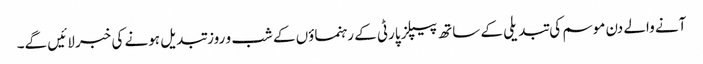
آنے والے دن موسم کی تبدیلی کے ساتھ پیپلز پارٹی کے رہنماؤں کے شب و روز تبدیل ہونے کی خبر لائیں گے۔